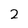
Character: 2